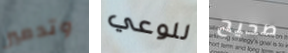
وتدمير للوعي صحيح